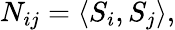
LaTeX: N_{ij}=\langle S_{i},S_{j}\rangle,